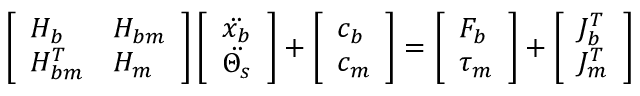
\left[ \begin{array} { l l } { H _ { b } } & { H _ { b m } } \\ { H _ { b m } ^ { T } } & { H _ { m } } \end{array} \right] \left[ \begin{array} { l } { \Ddot { x _ { b } } } \\ { \Ddot { \Theta _ { s } } } \end{array} \right] + \left[ \begin{array} { l } { c _ { b } } \\ { c _ { m } } \end{array} \right] = \left[ \begin{array} { l } { F _ { b } } \\ { \tau _ { m } } \end{array} \right] + \left[ \begin{array} { l } { J _ { b } ^ { T } } \\ { J _ { m } ^ { T } } \end{array} \right]